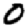
Digit: 0